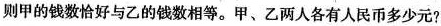
则甲的钱数恰好与乙的钱数相等。甲、乙两人各有人民币多少元?